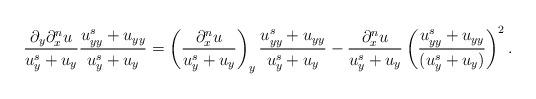
LaTeX: \begin{align*} \frac{{ \partial_y {\partial^n_x u}}}{u^s_y + {u}_y}\frac{u^s_{yy} +{u}_{yy}}{{u^s_y + {u}_y}} = \left(\frac{{{\partial^n_xu}}}{u^s_y + {u}_y}\right)_y \frac{u^s_{yy} + {u}_{yy}}{{u^s_y + {u}_y}} - \frac{{{\partial^n_xu}}}{u^s_y + {u}_y}\left(\frac{u_{yy}^s + {u}_{yy}}{(u^s_y + {u}_y)}\right)^2.\end{align*}